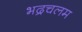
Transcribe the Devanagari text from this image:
भद्रचलम